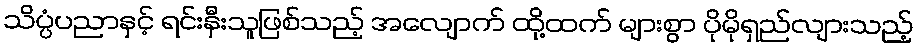
သိပ္ပံပညာနှင့် ရင်းနှီးသူဖြစ်သည့် အလျောက် ထို့ထက် များစွာ ပိုမိုရှည်လျားသည့်